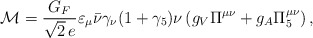
\begin{align*}{\cal M}=\frac{G_F}{\sqrt{2}\,e}\varepsilon_{\mu}\bar{\nu}\gamma_{\nu}(1+\gamma_5)\nu\,(g_V\Pi^{\mu \nu}+g_A\Pi_5^{\mu \nu})\, ,\end{align*}